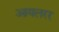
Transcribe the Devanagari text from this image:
आयलरर